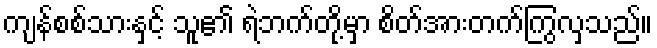
ကျန်စစ်သားနှင့် သူ၏ ရဲဘက်တို့မှာ စိတ်အားတက်ကြွလှသည်။